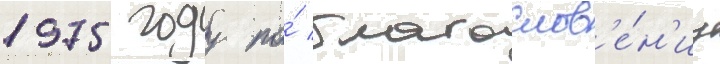
1975 году по́ благослов'е́н'иу